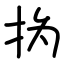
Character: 㧑